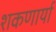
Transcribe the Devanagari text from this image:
शकणार्या